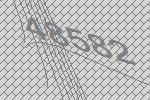
48582